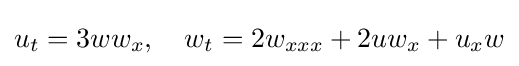
\displaystyle u_{t}=3ww_{x},\quad \displaystyle w_{t}=2w_{xxx}+2uw_{x}+u_{x}w